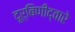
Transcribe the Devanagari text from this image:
दूर्बिणीद्वारे